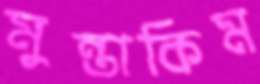
মুন্তাকিম